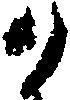
八